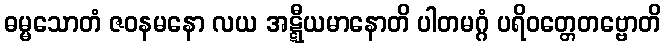
ဓမ္မသောတံ ဇဝနမနော လယ အဋ္ဋီယမာနောတိ ပါတမဂ္ဂံ ပရိဝတ္တေတဗ္ဗောတိ